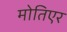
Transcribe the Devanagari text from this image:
मोतिएर